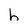
Character: h